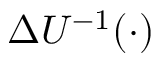
\Delta U ^ { - 1 } ( \cdot )